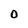
Character: 0